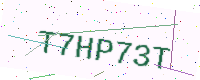
Text: T7HP73T